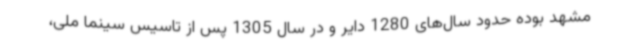
مشهد بوده حدود سال‌های 1280 دایر و در سال 1305 پس از تاسیس سینما ملی،